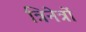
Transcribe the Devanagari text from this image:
त्रिनेत्रों